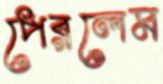
পেরলেম